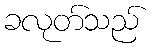
ခလုတ်သည်